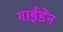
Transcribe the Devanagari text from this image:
गाईडेन